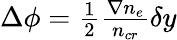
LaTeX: \begin{array}{r}{\Delta\phi=\frac{1}{2}\frac{\nabla n_{e}}{n_{cr}}\delta y}\end{array}